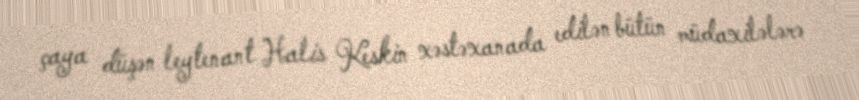
çaya düşən leytenant Halis Keskin xəstəxanada edilən bütün müdaxilələrə